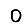
Digit: 0